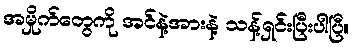
အမှိုက်တွေကို အင်နဲ့အားနဲ့ သန့်ရှင်းပြီးပါပြီ။